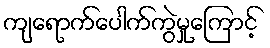
ကျရောက်ပေါက်ကွဲမှုကြောင့်